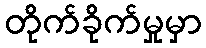
တိုက်ခိုက်မှုမှာ